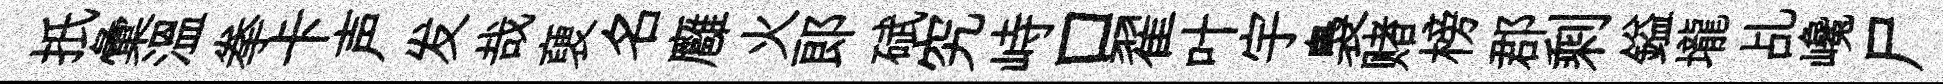
扺彙溫拳卡声发哉褏名廱火郎碔究峙口翟叶宇裊赌榜郡剩鎰壠乩巉尸